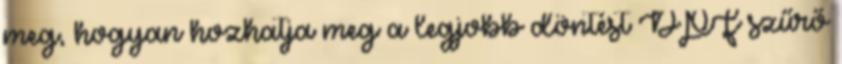
meg, hogyan hozhatja meg a legjobb döntést DPF szűrő